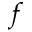
f